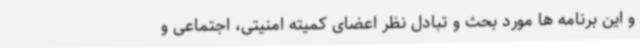
و این برنامه ها مورد بحث و تبادل نظر اعضای کمیته امنیتی، اجتماعی و